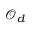
{ \mathcal { O } } _ { d }